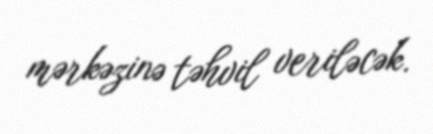
mərkəzinə təhvil veriləcək.